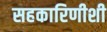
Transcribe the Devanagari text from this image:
सहकारिणीशी